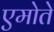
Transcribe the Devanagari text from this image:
एमोते